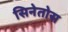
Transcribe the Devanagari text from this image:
सिनेतोस